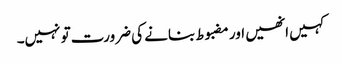
کہیں انھیں اور مضبوط بنانے کی ضرورت تو نہیں۔